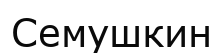
Семушкин